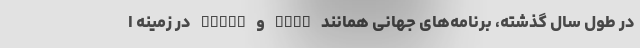
در طول سال گذشته، برنامه‌های جهانی همانند Line و Viber در زمینه ا